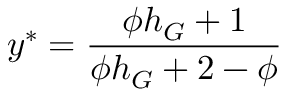
y ^ { * } = \frac { \phi h _ { G } + 1 } { \phi h _ { G } + 2 - \phi }